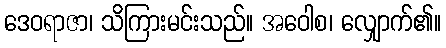
ဒေဝရာဇာ၊ သိကြားမင်းသည်။ အဝေါစ၊ လျှောက်၏။